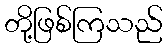
တို့ဖြစ်ကြသည်